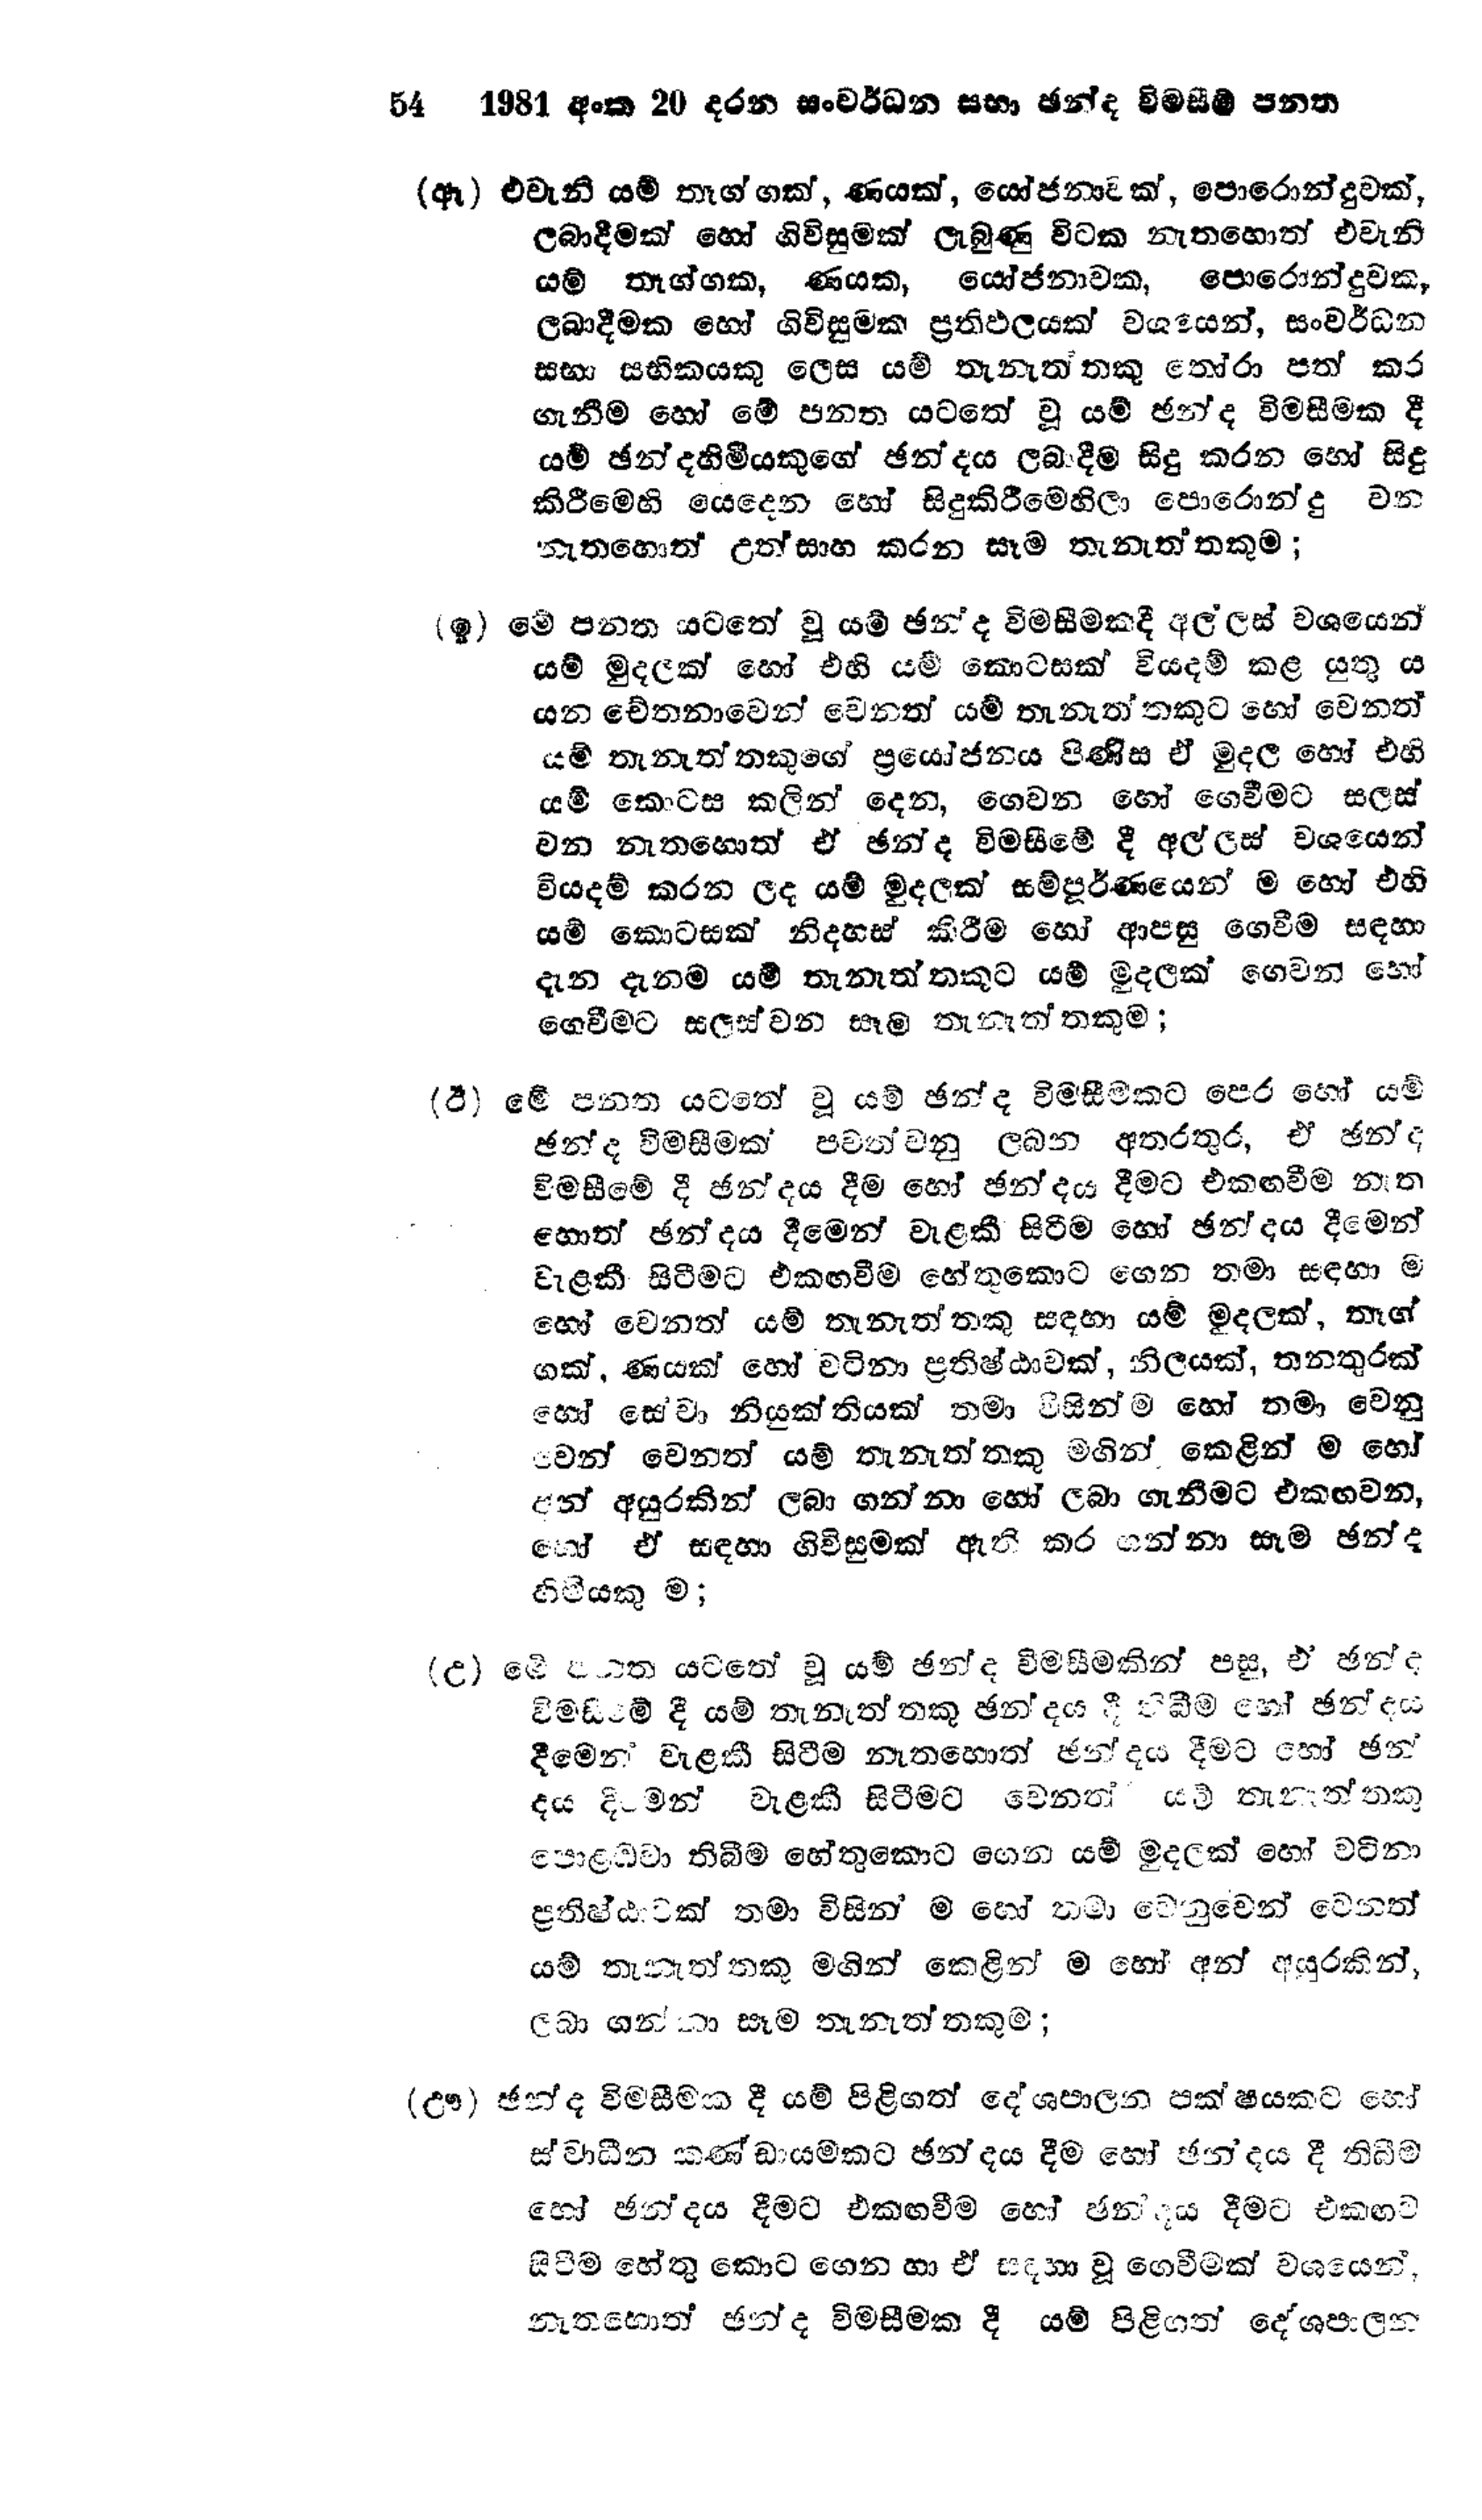
54	1981 අංක 20 දරන සංවර්ධන සභා ඡන්ද විමසීම් පනත

(ඈ) එවැනි යම් තෑග්ගක්, ණයක්, යෝජනාවක්, පොරොන්දුවක්,
ලබාදීමක් හෝ ගිවිසුමක් ලැබුණු විටක නැතහොත් එවැනි
යම් තෑග්ගක, ණයක, යෝජනාවක, පොරොන්දුවක,
ලබාදීමක හෝ ගිවිසුමක ප්‍රතිඵලයක් වශයෙන්, සංවර්ධන
සභා සභිකයකු ලෙස යම් තැනැත්තකු තෝරා පත් කර
ගැනීම හෝ මේ පනත යටතේ වූ යම් ඡන්ද විමසීමක දී
යම් ඡන්දහිමියකුගේ ඡන්දය ලබාදීම සිදු කරන හෝ සිදු
කිරීමෙහි යෙදෙන හෝ සිදු කිරීමෙහිලා පොරොන්දු වන
නැතහොත් උත්සාහ කරන සෑම තැනැත්තකුම;

(ඉ) මේ පනත යටතේ වු යම් ඡන්ද විමසීමකදී අල්ලස් වශයෙන්
යම් මුදලක් හෝ එහි යම් කොටසක් වියදම් කළ යුතු ය
යන චේතනාවෙන් වෙනත් යම් තැනැත්තකුට හෝ වෙනත්
යම් තැනැත්තකුගේ ප්‍රයෝජනය පිණිස ඒ මුදල හෝ එහි
යම් කොටස කලින් දෙන, ගෙවන හෝ ගෙවීමට සලස්
වන නැතහොත් ඒ ඡන්ද විමසීමේ දී අල්ලස් වශයෙන්
වියදම් කරන ලද යම් මුදලක් සම්පූර්ණයෙන් ම හෝ එහි
යම් කොටසක් නිදහස් කිරීම හෝ ආපසු ගෙවීම සඳහා
දැන දැනම යම් තැනැත්තකුට යම් මුදලක් ගෙවන හෝ
ගෙවීමට සලස් වන සෑම තැනැත්තකුම;

(ඊ) මේ පනත යටතේ වූ යම් ඡන්ද විමසීමකට පෙර හෝ යම්
ඡන්ද විමසීමක් පවත්වනු ලබන අතරතුර, ඒ ඡන්ද
විමසීමේ දී ඡන්දය දීම හෝ ඡන්දය දීමට එකඟවීම නැත
හොත් ඡන්දය දීමෙන් වැළකී සිටීම හෝ ඡන්දය දීමෙන්
වැළකී සිටීමට එකඟවීම හේතුකොට ගෙන තමා සඳහා ම
හෝ වෙනත් යම් තැනැත්තකු සඳහා යම් මුදලක්, තෑග්
ගක්, ණයක් හෝ වටිනා ප්‍රතිෂ්ඨාවක්, නිලයක්, තනතුරක්
හෝ සේවා නියුක්තියක් තමා විසින්ම හෝ තමා වෙනු
වෙන් වෙනත් යම් තැනැත්තකු මගින් කෙළින් ම හෝ
අන් අයුරකින් ලබා ගන්නා හෝ ලබා ගැනීමට එකඟවන,
හෝ ඒ සඳහා ගිවිසුමක් ඇති කර ගන්නා සෑම ඡන්ද
හිමියකු ම;

(උ) මේ පනත යටතේ වූ යම් ඡන්ද විමසීමකින් පසු, ඒ ඡන්ද
විමසීමේ දී යම් තැනැත්තකු ඡනන්දය දී තිබීම හෝ ඡන්දය
දීමෙන් වැළකී සිටීම නැතහොත් ඡන්දය දීමට හෝ ඡන්
දය දීමෙන් වැළකී සිටීමට වෙනත් යම් තැනැත්තකු
පොළඹවා තිබීම හේතුකොට ගෙන යම් මුදලක් හෝ වටිනා
ප්‍රතිෂ්ඨාවක් තමා විසින් ම හෝ තමා වෙනුවෙන් වෙනත්
යම් තැනැත්තකු මගින් කෙළින් ම හෝ අන් අයුරකින්,
ලබා ගන්නා සෑම තැනැත්තකුම,

(ඌ) ඡන්ද විමසීමක දී යම් පිළිගත් දේශපාලන පක්ෂයකට හෝ
ස්වාධීන කණ්ඩායමකට ඡන්දය දීම හෝ ඡන්දය දී තිබීම
හෝ ඡන්දය දීමට එකඟවීම හෝ ඡන්දය දීමට එකඟ ව
සිටීම හේතු කොට ගෙන හා ඒ සඳහා වූ ගෙවීමක් වශයෙන්
නැතහොත් ඡන්ද විමසීමක දී යම් පිළිගත් දේශපාලන